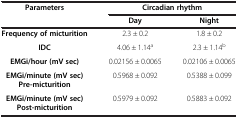
<table><thead><tr><td><b>Parameters</b></td><td colspan="2"><b>Circadian rhythm</b></td></tr><tr><td><b> </b></td><td><b>Day</b></td><td><b>Night</b></td></tr></thead><tbody><tr><td><b>Frequency of micturition</b></td><td>2.3 ± 0.2</td><td>1.8 ± 0.2</td></tr><tr><td><b>IDC</b></td><td>4.06 ± 1.14<sup>a</sup></td><td>2.3 ± 1.14<sup>b</sup></td></tr><tr><td><b>EMGi/hour (mV sec)</b></td><td>0.02156 ± 0.0065</td><td>0.02106 ± 0.0065</td></tr><tr><td><b>EMGi/minute (mV sec) Pre-micturition</b></td><td>0.5968 ± 0.092</td><td>0.5388 ± 0.099</td></tr><tr><td><b>EMGi/minute (mV sec) Post-micturition</b></td><td>0.5979 ± 0.092</td><td>0.5883 ± 0.092</td></tr></tbody></table>